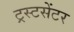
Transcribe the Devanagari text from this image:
ट्रस्टसेंटर